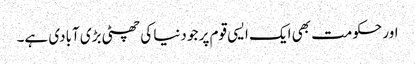
اور حکومت بھی ایک ایسی قوم پر جو دنیا کی چھٹی بڑی آبادی ہے۔